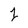
Character: 1